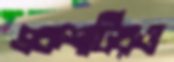
একশটিরও